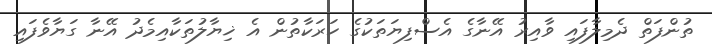
ތުންފަތް ދެމިލާފައި ވާއިރު އޭނާގެ އެސްފިޔަތަކުގެ ހަރަކާތުން އެ ޚިޔާލުތަކާއިމެދު އޭނާ ގަޔާވެފައި